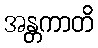
အန္တကာတိ